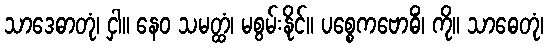
သာဒေဓာတုံ၊ ငှါ။ နေဝ သမတ္ထံ၊ မစွမ်းနိုင်။ ပစ္စေကဗောဓိံ၊ ကို။ သာဓေတုံ၊